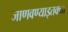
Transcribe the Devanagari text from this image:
जाणवण्याइतक्या